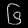
Digit: ၆